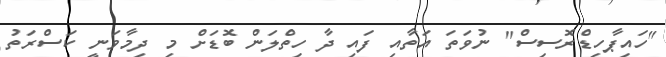
"ހައިޕާހިޑްރޮސިސް" ނުވަތަ އަތާއި ފައި ދާ ހިތްލަން ބޮޑަށް މި ދިމާވަނީ ކަސްރަތު